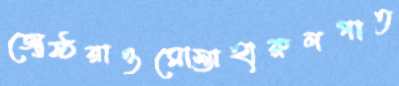
জ্যেষ্ঠরাওমোস্তাহারুলপাত